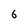
Character: 6